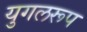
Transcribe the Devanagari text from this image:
युगलरूप